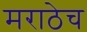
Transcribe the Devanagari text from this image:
मराठेच